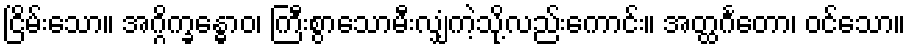
ငြိမ်းသော။ အဂ္ဂိက္ခန္ဓောဝ၊ ကြီးစွာသောမီးလျှံကဲ့သို့လည်းကောင်း။ အတ္ထင်္ဂတော၊ ဝင်သော။